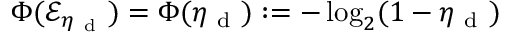
\Phi ( \mathcal { E } _ { \eta _ { \mathrm { ~ d ~ } } } ) = \Phi ( \eta _ { \mathrm { ~ d ~ } } ) : = - \log _ { 2 } ( 1 - \eta _ { \mathrm { ~ d ~ } } )